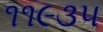
૧૧૯૩૫